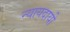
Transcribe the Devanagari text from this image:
न्यायदायी